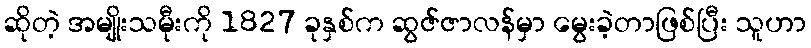
ဆိုတဲ့ အမျိုးသမီုးကို 1827 ခုနှစ်က ဆွဇ်ဇာလန်မှာ မွေးခဲ့တာဖြစ်ပြီး သူဟာ